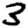
Digit: 3